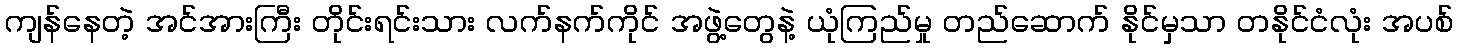
ကျန်နေတဲ့ အင်အားကြီး တိုင်းရင်းသား လက်နက်ကိုင် အဖွဲ့တွေနဲ့ ယုံကြည်မှု တည်ဆောက် နိုင်မှသာ တနိုင်ငံလုံး အပစ်